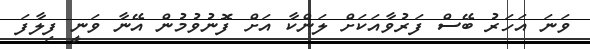
ވަނަ އަހަރު ބޭސް ފަރުވާއަކަށް ލަންކާ އަށް ފޮނުވުމުން އޭނާ ވަނީ ފިލާފަ